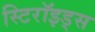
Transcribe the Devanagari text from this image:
स्टिरॉइड्स